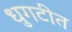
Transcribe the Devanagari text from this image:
धुगटीत